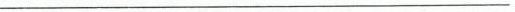
___